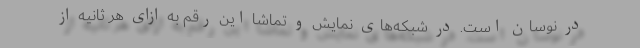
در نوسان است. در شبکه‌های نمایش و تماشا این رقم به ازای هر ثانیه از